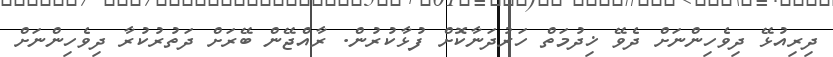
ދިރިއުޅޭ ދިވެހިންނަށް ދެވޭ ޚިދުމަތް ހަރުދަނާކޮށް ފުޅާކުރުން. ރާއްޖޭން ބޭރަށް ދަތުރުކުރާ ދިވެހިންނަށް